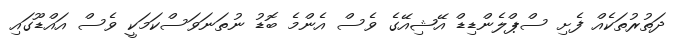
ދަތުރުތަކެއް ފެށި ސްޕްލެންޑިޑް އޭޝިއޭގެ ވެސް އެންމެ ބޮޑު ނުތަނަވަސްކަމަކީ ވެސް އައްޑޫގައި